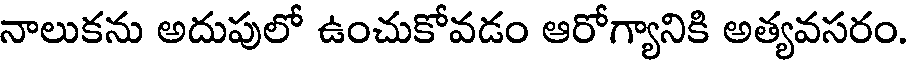
నాలుకను అదుపులో ఉంచుకోవడం ఆరోగ్యానికి అత్యవసరం.